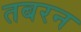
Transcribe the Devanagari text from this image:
तबरन